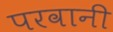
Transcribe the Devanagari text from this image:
परवानी